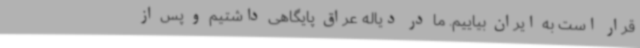
قرار است به ایران بیاییم. ما در دیاله عراق پایگاهی داشتیم و پس از